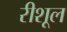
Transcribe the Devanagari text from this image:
रीशूल